[Report on the health of British troops in the Madras command]
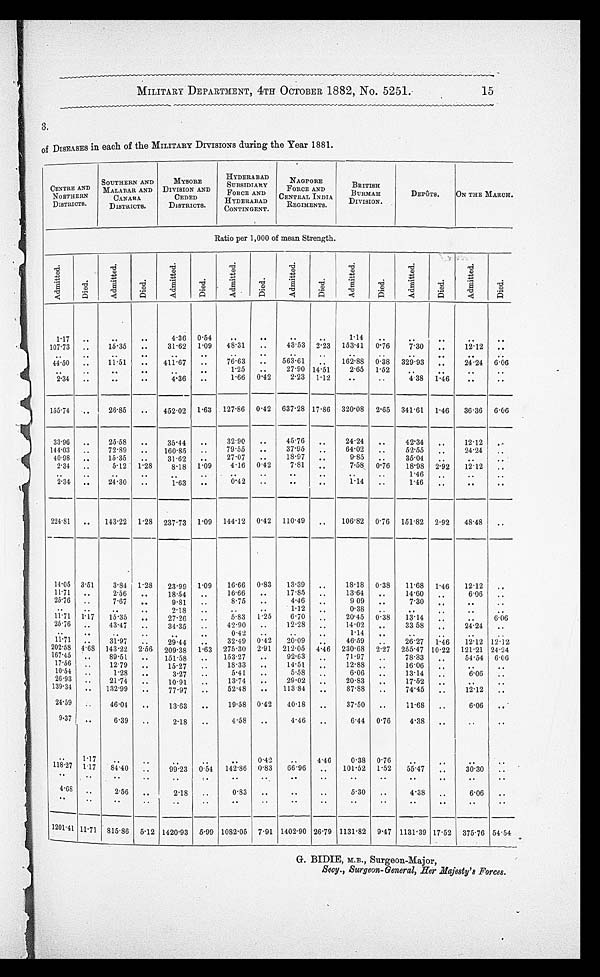
MILITARY DEPARTMENT, 4TH OCTOBER 1882, No. 5251.
15
3.
of DISEASES in each of the MILITARY DIVISIONS during the Year 1881.
CENTRE AND
NORTHERN
DISTRICTS.
SOUTHERN AND
MA L A B A R A N D
CANADA
DISTRICTS.
MYSORE
DIVISION AND
CEDED
DISTRICTS.
HYDERABAD
SUBSIDIARY
FORCE AND
HYDERABAD
CONTINGENT.
NAGPORE
FORCE AND
C E N T R A L I N D I A
REGIMENTS.
BRITISH
BURMAH
DIVISION.
DEPÔTS.
ON THE MARCH.
Ratio per 1,000 of mean Strength.
Admi t t ed.
Died.
Admi t t ed.
Di ed.
Admi t t ed.
Di ed.
Admi t t ed.
Died.
Admi t t ed.
Di ed.
Ad mi t t e d .
Di ed.
Admi t t ed.
Di ed.
Admi t t ed.
Di ed.
1.17 ..
..
..
4.36 0.54
..
..
..
..
1.14
..
..
..
..
..
107.73 ..
15.35
..
31.62 1.09
48.31
..
43.53 2.23 153.41 0.76
7.30
..
12.12 ..
..
..
..
..
..
.. ..
.. ..
..
.. ..
..
..
..
..
44.50 ..
11.51
..
411.67
..
76.63
..
563.61 ..
162.88 0.38 329.93 ..
24.24 6.06
..
..
..
..
..
..
1.25
..
27.90 14.51
2.65 1.52
..
..
..
..
2.34 ..
..
..
4.36 ..
1.66 0.42
2.23 1.12
..
..
4.38 1.46
..
..
155.74 ..
26.85
..
452.02 1.63 127.86 0.42 637.28 17.86 320.08 2.65 341.61 1.46 36.36 6.06
33.96 ..
25.58 ..
35.44 ..
32.90
..
45.76
..
24.24
..
42.34
..
12.12
..
144.03 ..
72.89 ..
160.85 ..
79.55
..
37.95 ..
64.02
..
52.55
..
24.24
..
40.98 ..
15.35 ..
31.62 ..
27.07
..
18.97
..
9.85 ..
35.04 ..
..
..
2.34 ..
5.12 1.28
8.18 1.09
4.16 0.42
7.81 ..
7.58 0.76
18.98 2.92
12.12
..
..
..
..
.. ..
..
.. ..
..
..
..
..
1.46 ..
..
..
2.34 ..
24.30
..
1.63
..
0.42
..
..
..
1.14
..
1.46 ..
..
..
224.81 ..
143.22 1.28 237.73 1.09 144.12 0.42 110.49 ..
106.82 0.76 151.82 2.92
48.48 ..
14.05 3.51
3.84 1.28
23.99 1.09
16.66 0.83
13.39 ..
18.18 0.38
11.68 1.46
12.12 ..
11.71 ..
2.56 ..
18.54
..
16.66
..
17.85 ..
13.64 ..
14.60 ..
6.06 ..
25.76 ..
7.67 ..
9.81
..
8.75
..
4.46 ..
9.09 ..
7.30 ..
..
..
..
.. ..
..
2.18 ..
.. ..
1.12 ..
0.38
..
.. ..
..
..
11.71 1.17 15.35 ..
27.26 ..
5.83 1.25
6.70 ..
20.45 0.38
13.14 ..
..
6.06
25.76 ..
43.47
..
34.35 ..
42.9
..
12.28 ..
14.02 ..
33.58 ..
24.24 ..
..
..
..
..
..
..
0.42 ..
20.09
..
1.14
.. ..
..
..
..
11.71 ..
31.97
..
29.44
..
32.49 0.42 ..
..
46.59 ..
26.27 1.46
12.12 12.12
202.58 4.68 143.22 2.56 209.38 1.63 275.30 2.91 212.05 4.46 230.68 2.27 255.47 10.22 121.21 24.24
167.45 ..
89.51 ..
151.58
..
153.27
..
92.03
..
71.97 ..
78.83
..
54.54 6.06
17.56 ..
12.79 ..
15.27 ..
18.33
..
14.51
..
12.88
..
16.06 ..
..
..
10.54 ..
1.28 ..
3.27
..
5.41
..
5.58 ..
6.06
..
13.14 ..
6.06 ..
26.93 ..
21.74
..
10.91
..
13.74
..
29.02 ..
20.83 ..
17.52 ..
..
..
139.34 ..
132.99
..
77.97
..
52.48
..
113.84 ..
87.88
..
74.45
..
12.12
..
24.59 ..
46.04
..
13.63
..
19.58 0.42
40.18 ..
37.50 ..
11.68 ..
6.06 ..
9.37 ..
6.39 ..
2.18 ..
4.58
..
4.46 ..
6.44 0.76
4.38 ..
..
..
..
1.17
..
..
..
..
..
0.42
..
4.46
0.38 0.76
..
..
..
..
118.27
1.17
84.40 .. 99.23
0.54 142.86 0.83
66.96 ..
101.52 1.52
55.47 ..
30.30 ..
..
..
..
..
..
..
..
..
..
..
..
..
..
..
..
..
4.68 ..
2.56 ..
2.18
..
0.83
..
..
..
5.30
..
4.38
..
6.06
..
..
..
..
..
.. ..
..
.. ..
..
..
..
..
..
..
..
1201.41 11.71 815.86 5.12 1420.93 5.99 1082.05 7.91 1402.90 26.79 1131.82 9.47 1131.39 17.52 375.76 54.54
Secy., Surgeon-General, Her Majesty's Forces.